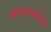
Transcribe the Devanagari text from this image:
अपत्यांमधील